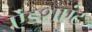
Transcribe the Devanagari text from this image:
ऐंडशएंट